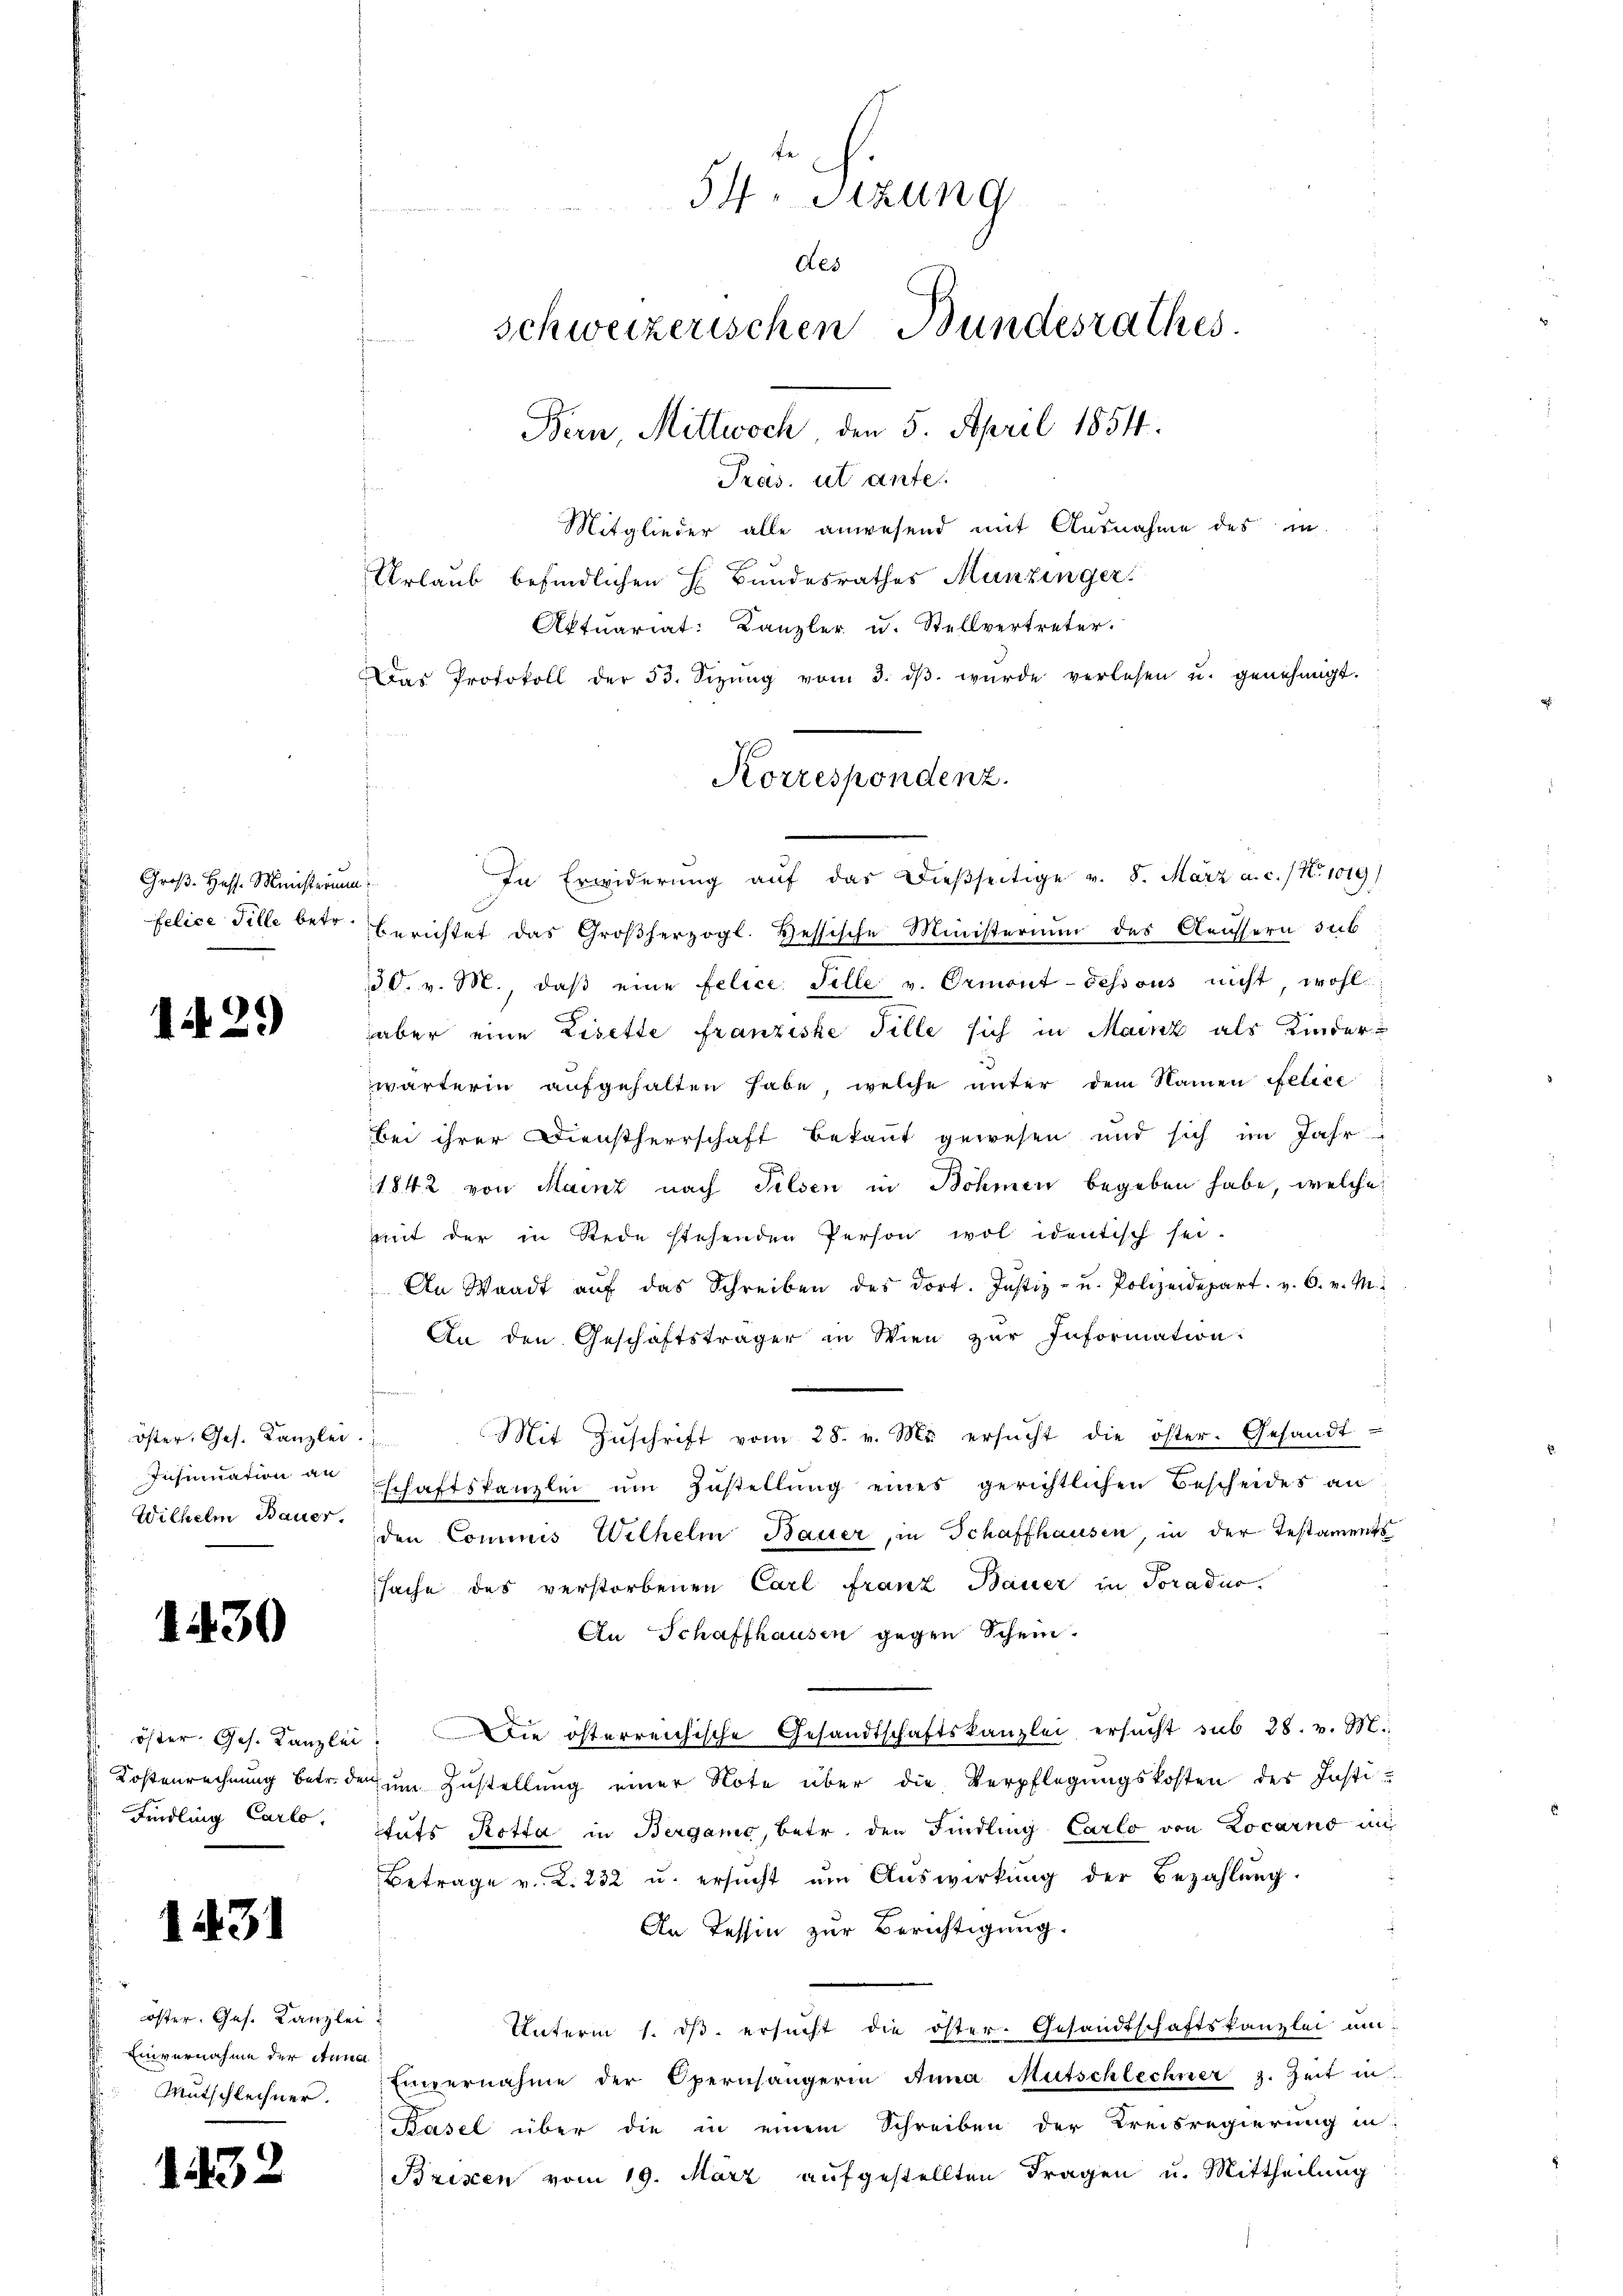
Groß- Hess. Ministerium
felice Tille betr.

1429

öster. Ges. Kanzlei.
Insinuation an
Wilhelm Bauer.

1430

Kostenrechnung betr. d
Findling Carlo,

1431

öster. Ges. Kanzlei
Einvernahme der Anna
Mutschlechner.

1432

Mitglieder alle anwesend mit Ausnahme des in
Urlaub befindlichen H. Bundesrathes Munzinger.
Aktuariat: Kanzler u. Stellvertreter.
Das Protokoll der 53. Sizŭng vom 3. dβ wŭrde verlesen u. genehmigt.
In Erwiderung auf das dießseitige v. 8. März a. c. / No. 1019/
2. Fr
berichtet das Großherzogl. Hessische Ministerium des Aeussern sub
130. v. M., daβ eine felice Felle v. Ormont-dessous nicht, wohl
aber eine Lisette franziske fille sich in Mainz als Kinderwärterin aufgehalten habe, welche unter dem Namen felice
bei ihrer Dienstherrschaft bekannt gewesen und sich im Jahr
1842 von Mainz nach Pilsen in Böhmen begeben habe, welche
mit der in Rede stehenden Person wol identisch sei-
An Waadt aŭf das Schreiben des dort. Justiz- u. Polizeidepart. v. 6. v. M.
An den Geschäftsträger in Wien zur Information:
Mit Zuschrift vom 28. v. M. ersucht die öster. Gesandt-
n
schaftskanzlei um Zustellung eines gerichtlichen Bescheides an
den Commis Wilhelm Bauer, in Schaffhausen, in der Testaments
sache des verstorbenen Carl Franz Bauer in Poradus.
An Schaffhausen gegen Schein.
öster Ges. Kanzlei. Die österreichische Gesandtschaftskanzlei ersucht sub 28. v. M.
der um Zustellung einer Note über die Verpflegungskosten der Justituts Rotta in Berganić, betr. den Findling Carlo von Locarno in
Betrage v. K. 232 u. ersŭcht ŭm Aŭswirkung der Bezahlŭng.
An Tessin zur Berichtigung.
Unterm 1. ds. ersucht die öster- Gesandtschaftskanzlei um
Einvernahme der Opernhängerin Anna Mutschlechner z. Zeit in
Basel über die in einem Schreiben der Kreisregierung in
Brixen vom 19. März aufgestellten Fragen u. Mittheilung

fe
54. Sitzung
des
schweizerischen Bundesrathes.
Bern, Mittwoch, den 5. April 1854.
Pras. ut ante

Korrespondenz.